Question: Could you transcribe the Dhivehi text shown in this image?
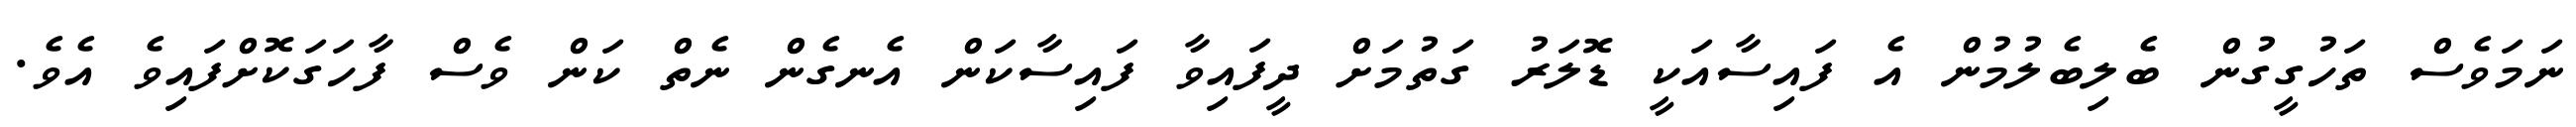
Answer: ނަމަވެސް ތަހުގީގުން ބެލިބެލުމުން އެ ފައިސާއަކީ ޑޮލަރު ގަތުމަށް ދީފައިވާ ފައިސާކަން އެނގެން ނެތް ކަން ވެސް ފާހަގަކޮށްފައިވެ އެވެ.